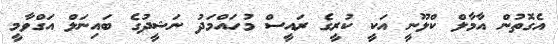
އެގޮތުން އާމާލް ކްލޫނީ އަކީ ކުރީގެ ރައީސް މުހައްމަދު ނަޝީދުގެ ބައިނަލް އަގްވާމީ